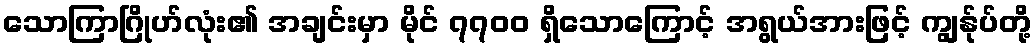
သောကြာဂြိုဟ်လုံး၏ အချင်းမှာ မိုင် ၇၇၀၀ ရှိသောကြောင့် အရွယ်အားဖြင့် ကျွန်ုပ်တို့